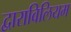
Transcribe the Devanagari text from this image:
द्वाराविलियम